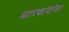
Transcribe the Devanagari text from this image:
धारबांदोडा